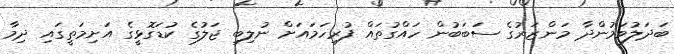
ބަދަލުވަމުންދާ މަންޒަރުގެ ސަބަބުން ހައްގުތައް ފުރިހަމައަށް ނުލިބި ޖަލުގެ ކުޑަގޮޅީގެ އަށިމަތީގައި ދިމާ